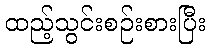
ထည့်သွင်းစဉ်းစားပြီး